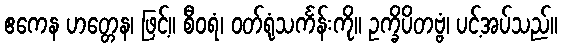
ဧကေန ဟတ္တေန၊ ဖြင့်။ စီဝရံ၊ ဝတ်ရုံသင်္ကန်းကို။ ဥက္ခိပိတဗ္ဗံ၊ ပင့်အပ်သည်။